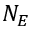
N _ { E }